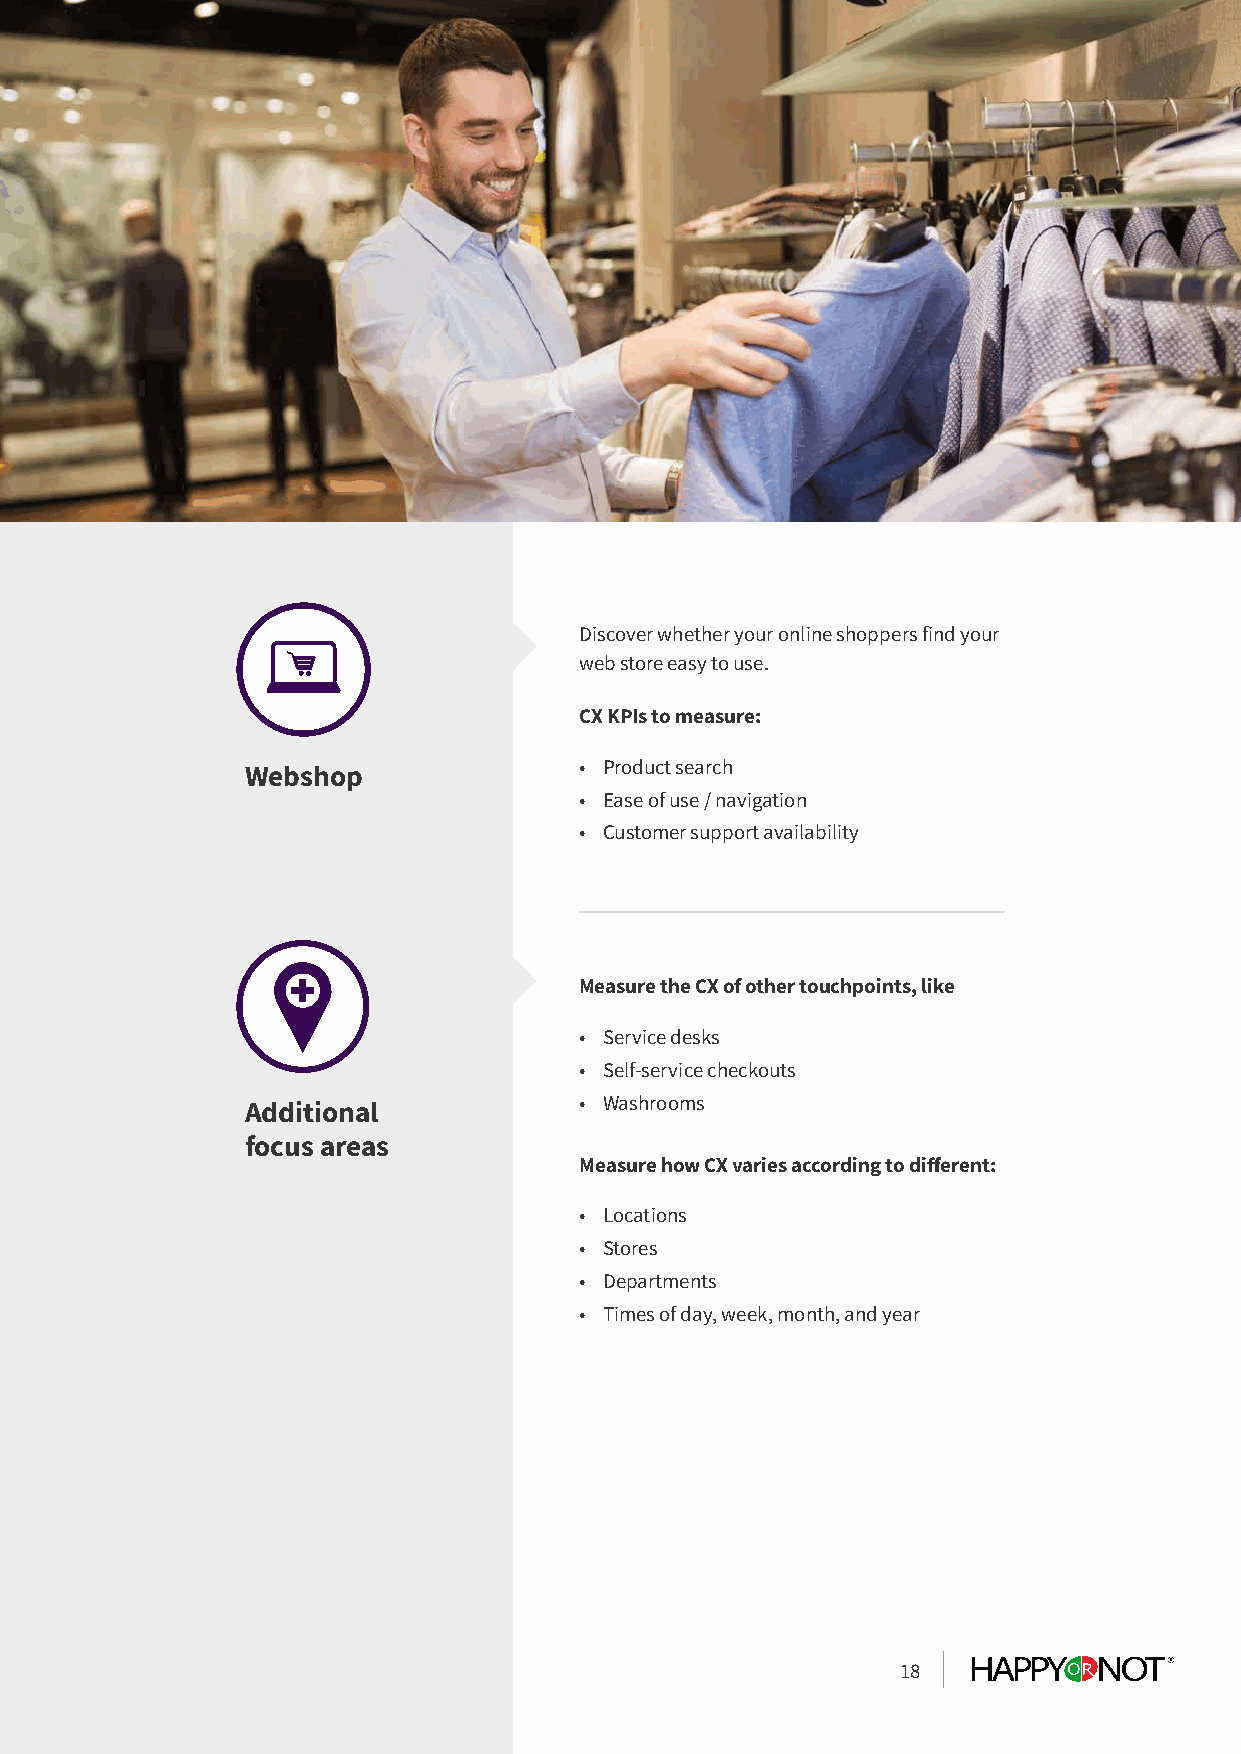
Discover whether your online shoppers find your
 web store easy to use.
 CX KPIs to measure:
 • Product search
 Webshop
 • Ease of use / navigation
 • Customer support availability
 Measure the CX of other touchpoints, like
 • Service desks
 • Self-service checkouts
 • Washrooms
 Additional
 focus areas
 Measure how CX varies according to different:
 • Locations
 • Stores
 • Departments
 • Times of day, week, month, and year
 18